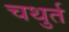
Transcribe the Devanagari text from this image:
चथुर्त